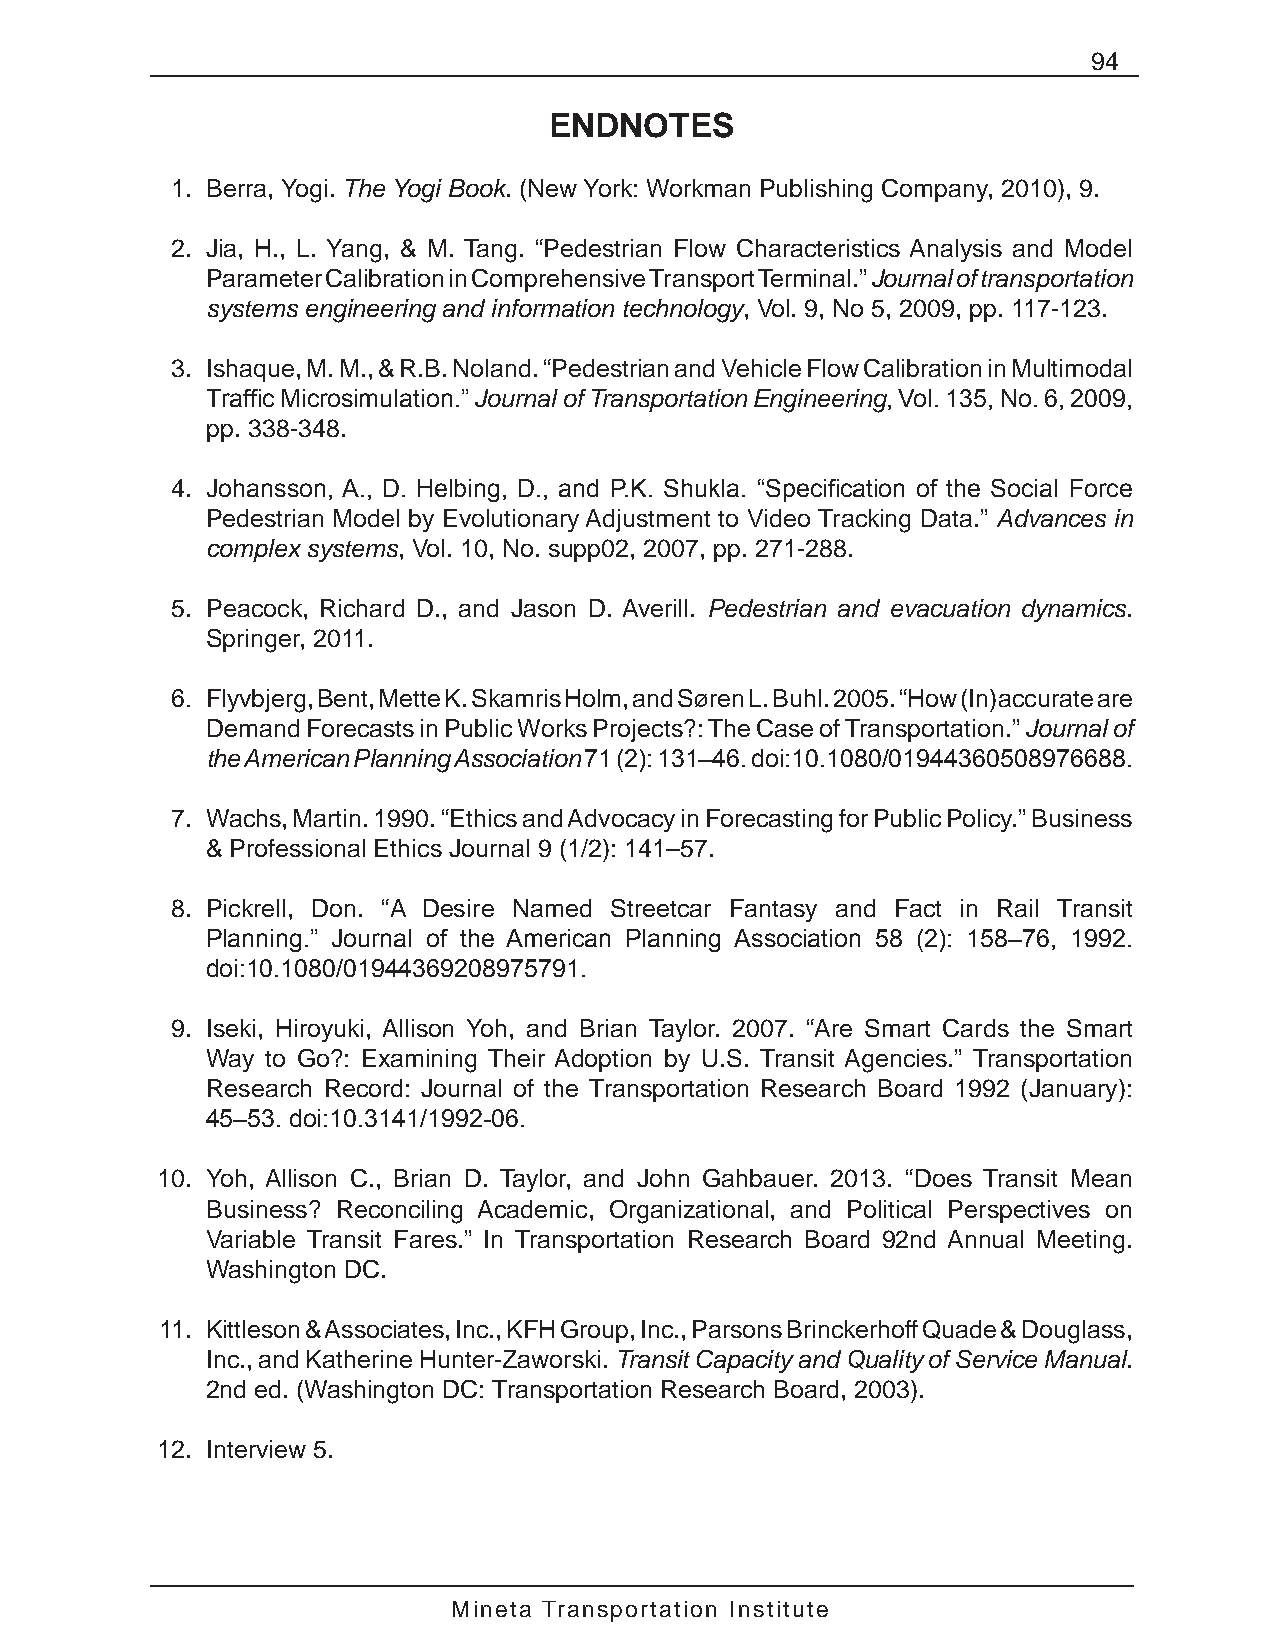
94
 ENDNOTES
 1. Berra, Yogi. The Yogi Book. (New York: Workman Publishing Company, 2010), 9.
 2. Jia, H., L. Yang, & M. Tang. “Pedestrian Flow Characteristics Analysis and Model
 Parameter Calibration in Comprehensive Transport Terminal.” Journal of transportation
 systems engineering and information technology, Vol. 9, No 5, 2009, pp. 117-123.
 3. Ishaque, M. M., & R.B. Noland. “Pedestrian and Vehicle Flow Calibration in Multimodal
 Traffic Microsimulation.” Journal of Transportation Engineering, Vol. 135, No. 6, 2009,
 pp. 338-348.
 4. Johansson, A., D. Helbing, D., and P.K. Shukla. “Specification of the Social Force
 Pedestrian Model by Evolutionary Adjustment to Video Tracking Data.” Advances in
 complex systems, Vol. 10, No. supp02, 2007, pp. 271-288.
 5. Peacock, Richard D., and Jason D. Averill. Pedestrian and evacuation dynamics.
 Springer, 2011.
 6. Flyvbjerg, Bent, Mette K. Skamris Holm, and Søren L. Buhl. 2005. “How (In)accurate are
 Demand Forecasts in Public Works Projects?: The Case of Transportation.” Journal of
 the American Planning Association 71 (2): 131–46. doi:10.1080/01944360508976688.
 7. Wachs, Martin. 1990. “Ethics and Advocacy in Forecasting for Public Policy.” Business
 & Professional Ethics Journal 9 (1/2): 141–57.
 8. Pickrell, Don. “A Desire Named Streetcar Fantasy and Fact in Rail Transit
 Planning.” Journal of the American Planning Association 58 (2): 158–76, 1992.
 doi:10.1080/01944369208975791.
 9. Iseki, Hiroyuki, Allison Yoh, and Brian Taylor. 2007. “Are Smart Cards the Smart
 Way to Go?: Examining Their Adoption by U.S. Transit Agencies.” Transportation
 Research Record: Journal of the Transportation Research Board 1992 (January):
 45–53. doi:10.3141/1992-06.
 10. Yoh, Allison C., Brian D. Taylor, and John Gahbauer. 2013. “Does Transit Mean
 Business? Reconciling Academic, Organizational, and Political Perspectives on
 Variable Transit Fares.” In Transportation Research Board 92nd Annual Meeting.
 Washington DC.
 11. Kittleson & Associates, Inc., KFH Group, Inc., Parsons Brinckerhoff Quade & Douglass,
 Inc., and Katherine Hunter-Zaworski. Transit Capacity and Quality of Service Manual.
 2nd ed. (Washington DC: Transportation Research Board, 2003).
 12. Interview 5.
 Mineta Transportation Institute